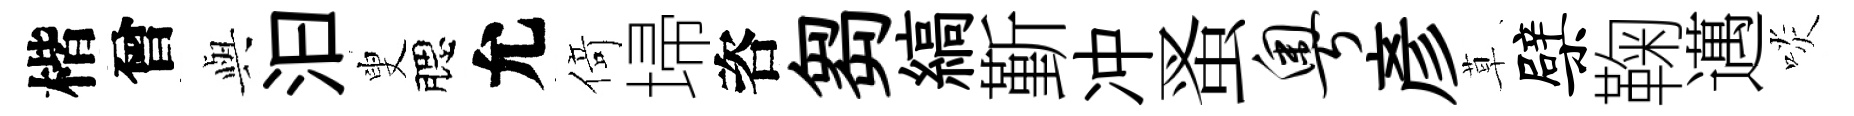
楷曾𫤰汩叟腮允𠋣埽咨芻縞斳冲蚤粤彥草檗鞠邁啖